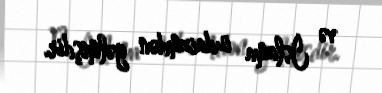
və İslama iudaizmdən gəlmişdir.